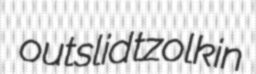
outslid tzolkin